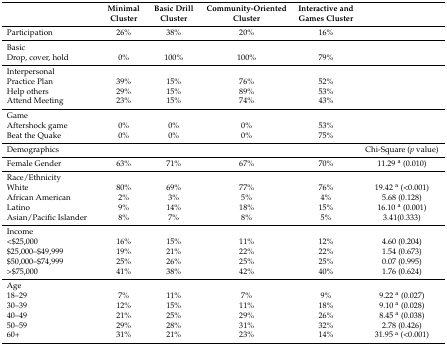
<table><thead><tr><td></td><td><b>Minimal Cluster</b></td><td><b>Basic Drill Cluster</b></td><td><b>Community-Oriented Cluster</b></td><td><b>Interactive and Games Cluster</b></td><td></td></tr></thead><tbody><tr><td>Participation</td><td>26%</td><td>38%</td><td>20%</td><td>16%</td><td></td></tr><tr><td>Basic</td><td></td><td></td><td></td><td></td><td></td></tr><tr><td>Drop, cover, hold</td><td>0%</td><td>100%</td><td>100%</td><td>79%</td><td></td></tr><tr><td>Interpersonal</td><td></td><td></td><td></td><td></td><td></td></tr><tr><td>Practice Plan</td><td>39%</td><td>15%</td><td>76%</td><td>52%</td><td></td></tr><tr><td>Help others</td><td>29%</td><td>15%</td><td>89%</td><td>53%</td><td></td></tr><tr><td>Attend Meeting</td><td>23%</td><td>15%</td><td>74%</td><td>43%</td><td></td></tr><tr><td>Game</td><td></td><td></td><td></td><td></td><td></td></tr><tr><td>Aftershock game</td><td>0%</td><td>0%</td><td>0%</td><td>53%</td><td></td></tr><tr><td>Beat the Quake</td><td>0%</td><td>0%</td><td>0%</td><td>75%</td><td></td></tr><tr><td>Demographics</td><td></td><td></td><td></td><td></td><td>Chi-Square (<i>p</i> value)</td></tr><tr><td>Female Gender</td><td>63%</td><td>71%</td><td>67%</td><td>70%</td><td>11.29 <sup>a</sup> (0.010)</td></tr><tr><td>Race/Ethnicity</td><td></td><td></td><td></td><td></td><td></td></tr><tr><td>White</td><td>80%</td><td>69%</td><td>77%</td><td>76%</td><td>19.42 <sup>a</sup> (&lt;0.001)</td></tr><tr><td>African American</td><td>2%</td><td>3%</td><td>5%</td><td>4%</td><td>5.68 (0.128)</td></tr><tr><td>Latino</td><td>9%</td><td>14%</td><td>18%</td><td>15%</td><td>16.10 <sup>a</sup> (0.001)</td></tr><tr><td>Asian/Pacific Islander</td><td>8%</td><td>7%</td><td>8%</td><td>5%</td><td>3.41(0.333)</td></tr><tr><td>Income</td><td></td><td></td><td></td><td></td><td></td></tr><tr><td>&lt;$25,000</td><td>16%</td><td>15%</td><td>11%</td><td>12%</td><td>4.60 (0.204)</td></tr><tr><td>$25,000–$49,999</td><td>19%</td><td>21%</td><td>22%</td><td>22%</td><td>1.54 (0.673)</td></tr><tr><td>$50,000–$74,999</td><td>25%</td><td>26%</td><td>25%</td><td>25%</td><td>0.07 (0.995)</td></tr><tr><td>&gt;$75,000</td><td>41%</td><td>38%</td><td>42%</td><td>40%</td><td>1.76 (0.624)</td></tr><tr><td>Age</td><td></td><td></td><td></td><td></td><td></td></tr><tr><td>18–29</td><td>7%</td><td>11%</td><td>7%</td><td>9%</td><td>9.22 <sup>a</sup> (0.027)</td></tr><tr><td>30–39</td><td>12%</td><td>15%</td><td>11%</td><td>18%</td><td>9.10 <sup>a</sup> (0.028)</td></tr><tr><td>40–49</td><td>21%</td><td>25%</td><td>29%</td><td>26%</td><td>8.45 <sup>a</sup> (0.038)</td></tr><tr><td>50–59</td><td>29%</td><td>28%</td><td>31%</td><td>32%</td><td>2.78 (0.426)</td></tr><tr><td>60+</td><td>31%</td><td>21%</td><td>23%</td><td>14%</td><td>31.95 <sup>a</sup> (&lt;0.001)</td></tr></tbody></table>